Lunatic asylums Central Provinces reports 1886-1894 - 1886-1894
Year: 1886
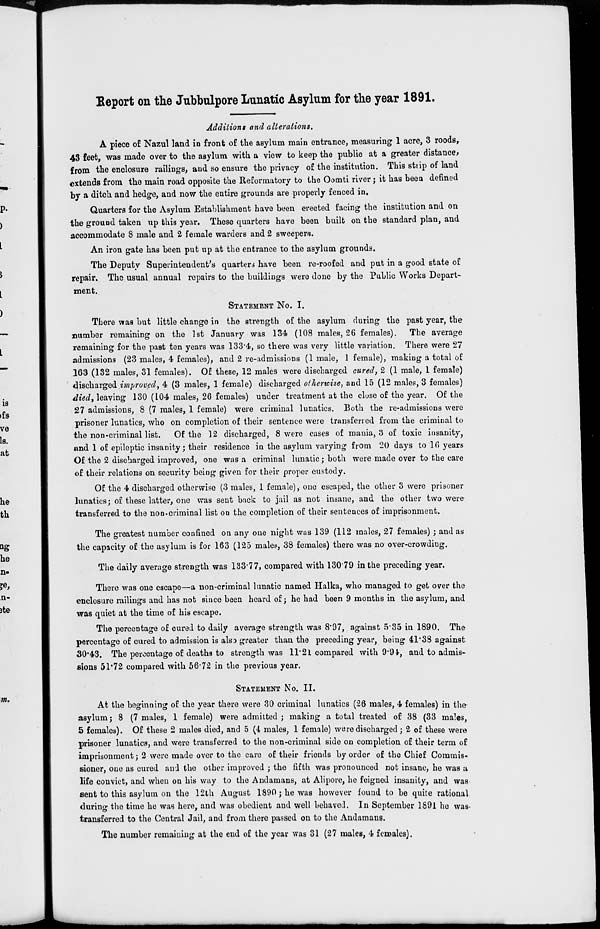
Report on the Jubbulpore Lunatic Asylum for the year 1891.
Additions and alterations.
A piece of Nazul land in front of the asylum main entrance, measuring 1 acre, 3 roods,
43 feet, was made over to the asylum with a view to keep the public at a greater distance,
from the enclosure railings, and so ensure the privacy of the institution. This strip of land
extends from the main road opposite the Reformatory to the Oomti river ; it has been defined
by a ditch and hedge, and now the entire grounds are properly fenced in.
Quarters for the Asylum Establishment have been erected facing the institution and on
the ground taken up this year. These quarters have been built on the standard plan, and
accommodate 8 male and 2 female warders and 2 sweepers.
An iron gate has been put up at the entrance to the asylum grounds.
The Deputy Superintendent's quarters have been re-roofed and put in a good state of
repair. The usual annual repairs to the buildings were done by the Public Works Depart-
ment.
STATEMENT No. I.
There was but little change in the strength of the asylum during the past year, the
number remaining on the 1st January was 134 (108 males, 26 females). The average
remaining for the past ten years was 133.4, so there was very little variation. There were 27
admissions (23 males, 4 females), and 2 re-admissions (1 male, 1 female), making a total of
163 (132 males, 31 females). Of these, 12 males were discharged cured, 2 (1 male, 1 female)
discharged improved, 4 (3 males, 1 female) discharged otherwise, and 15 (12 males, 3 females)
died, leaving 130 (104 males, 26 females) under treatment at the close of the year. Of the
27 admissions, 8 (7 males, 1 female) were criminal lunatics. Both the re-admissions were
prisoner lunatics, who on completion of their sentence were transferred from the criminal to
the non-criminal list. Of the 12 discharged, 8 were cases of mania, 3 of toxic insanity,
and 1 of epileptic insanity; their residence in the asylum varying from 20 days to 16 years
Of the 2 discharged improved, one was a criminal lunatic ; both were made over to the care
of their relations on security being given for their proper custody.
Of the 4 discharged otherwise (3 males, 1 female), one escaped, the other 3 were prisoner
lunatics; of these latter, one was sent back to jail as not insane, and the other two were
transferred to the non-criminal list on the completion of their sentences of imprisonment.
The greatest number confined on any one night was 139 (112 males, 27 females); and as
the capacity of the asylum is for 163 (125 males, 38 females) there was no over-crowding.
The daily average strength was 133.77, compared with 130.79 in the preceding year.
There was one escape—a non-criminal lunatic named Halka, who managed to get over the
enclosure railings and has not since been heard of; he had been 9 months in the asylum, and
was quiet at the time of his escape.
The percentage of cured to daily average strength was 8.97, against 5.35 in 1890. The
percentage of cured to admission is also greater than the preceding year, being 41.38 against
30.43. The percentage of deaths to strength was 11.21 compared with 9.94, and to admis-
sions 51.72 compared with 56.72 in the previous year.
STATEMENT No. II.
At the beginning of the year there were 30 criminal lunatics (26 males, 4 females) in the
asylum ; 8 (7 males, 1 female) were admitted ; making a total treated of 38 (33 males,
5 females). Of these 2 males died, and 5 (4 males, 1 female) were discharged ; 2 of these were
prisoner lunatics, and were transferred to the non-criminal side on completion of their term of
imprisonment; 2 were made over to the care of their friends by order of the Chief Commis-
sioner, one as cured and the other improved ; the fifth was pronounced not insane, he was a
life convict, and when on his way to the Andamans, at Alipore, he feigned insanity, and was
sent to this asylum on the 12th August 1890; he was however found to be quite rational
during the time he was here, and was obedient and well behaved. In September 1891 he was
transferred to the Central Jail, and from there passed on to the Andamans.
The number remaining at the end of the year was 31 (27 males, 4 females).